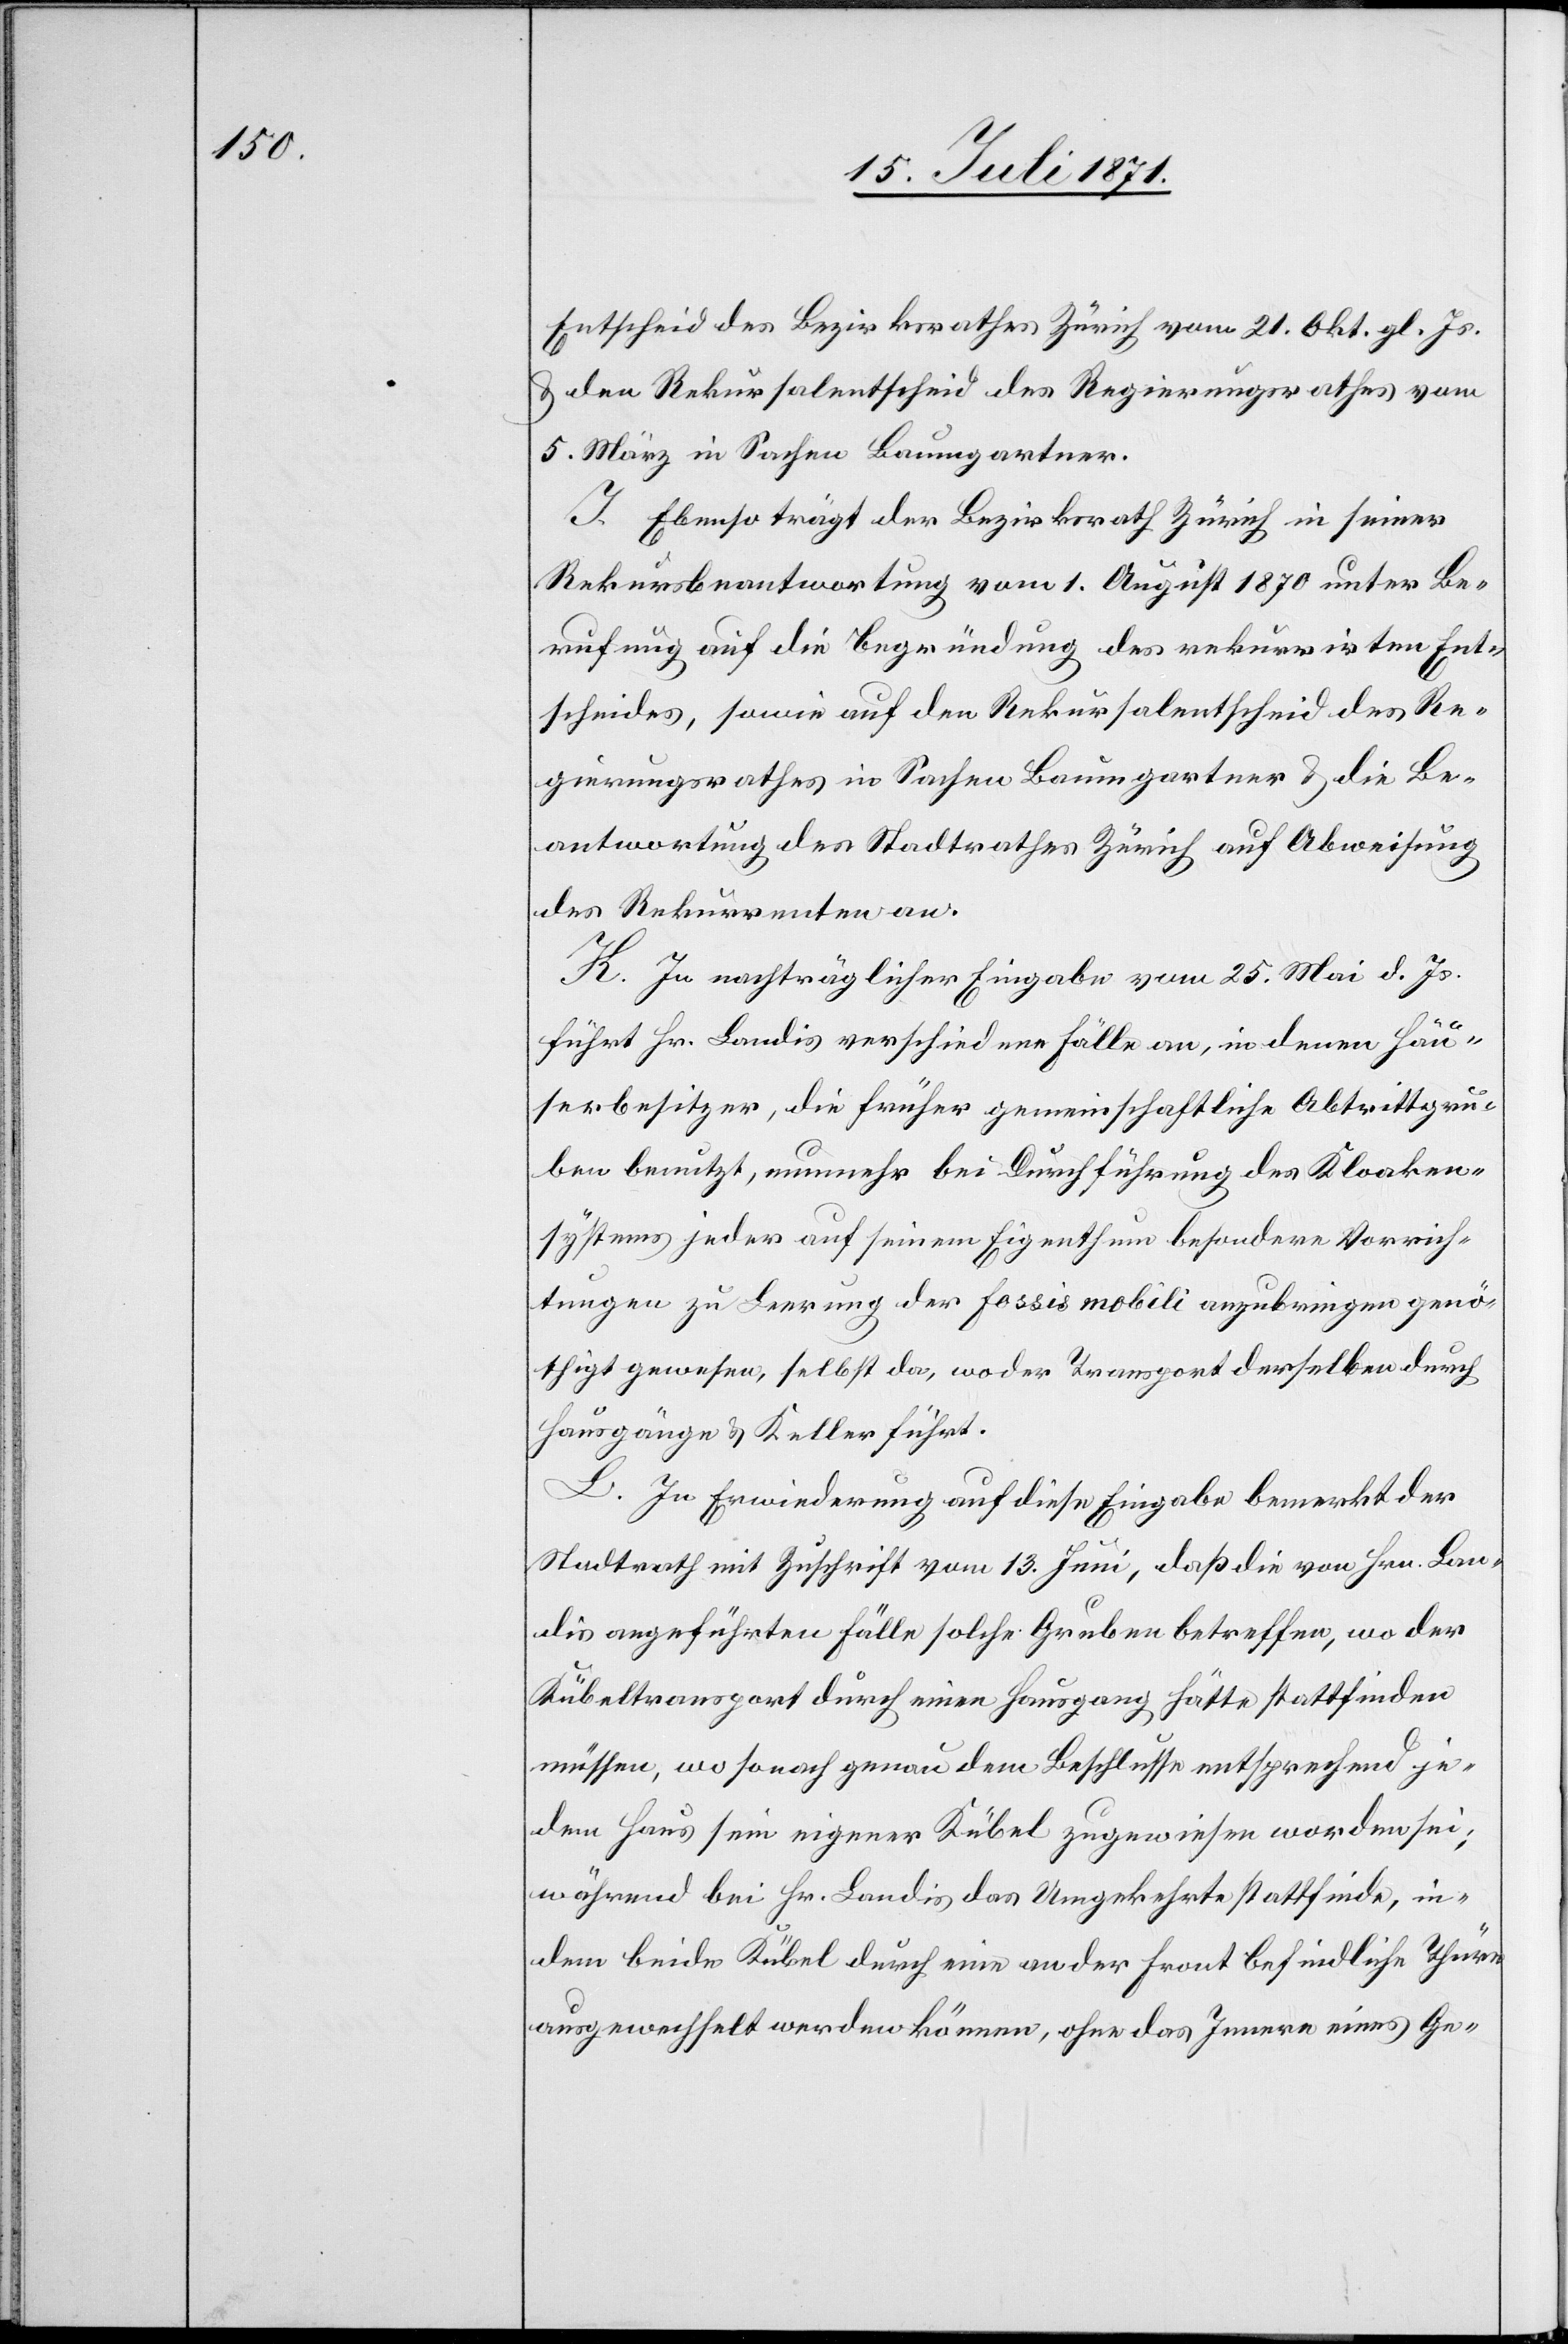
Entscheid des Bezirksrathes Zürich vom 21. Okt. gl. Js.
u. den Rekursalentscheid des Regierungsrathes vom
5. März in Sachen Baumgartner.
I. Ebenso trägt der Bezirksrath Zürich in seiner
Rekursbeantwortung vom 1. August 1870 unter Be¬
rufung auf die Begründung des rekurrirten Ent¬
scheides, sowie auf den Rekursalentscheid des Re¬
gierungsrathes in Sachen Baumgartner u. die Be¬
antwortung des Stadtrathes Zürich auf Abweisung
des Rekurrenten an.
K. In nachträglicher Eingabe vom 25. Mai d. Js.
führt Hr. Landis verschiedene Fälle an, in denen Häu¬
serbesitzer, die früher gemeinschaftliche Abtrittgru¬
ben benutzt, nunmehr bei Durchführung des Kloaken¬
systems jeder auf seinem Eigenthum besondere Vorrich¬
tungen zu Leerung der fossis mobili anzubringen genö¬
thigt gewesen, selbst da, wo der Transport derselben durch
Hausgänge u. Keller führt.
L. In Erwiederung auf dieser Eingabe bemerkt der
Stadtrath mit Zuschrift vom 13. Juni, daß die von Hrn. Lan¬
dis angeführten Fälle solche Gruben betreffen, wo der
Kübeltransport durch einen Hausgang hätte stattfinden
müssen, wo so nach genau dem Beschlusse entsprechend je¬
dem Haus sein eigener Kübel zugewiesen worden sei;
während bei Hr. Landis das Umgekehrte stattfinde, in¬
dem beide Kübel durch eine an der Front befindliche Thüre
ausgewechselt werden können, ohne das innere eines Ge-